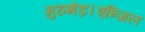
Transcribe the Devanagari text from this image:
मुठभेड़।एन्जिल